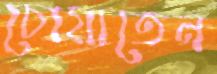
চোয়াতেন